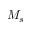
M _ { s }